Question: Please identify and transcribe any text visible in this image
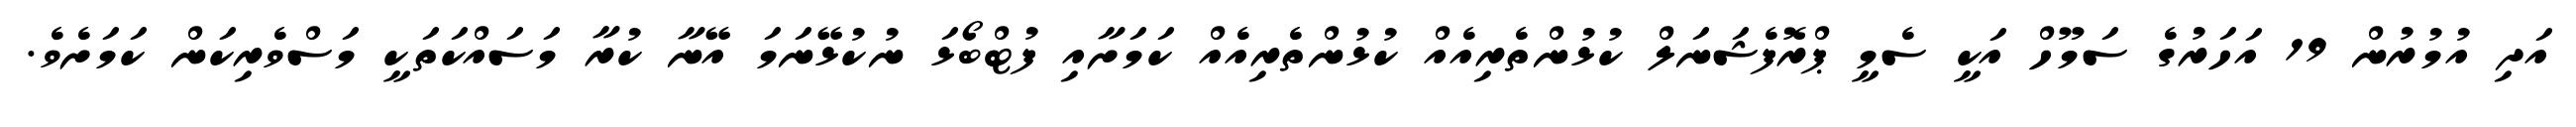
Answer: އަދި އުމުރުން 19 އަހަރުގެ ސަމޫހް އަކީ ސެމީ ޕްރޮފެޝަނަލް ކުޅުންތެރިއެއް ކުޅުންތެރިއެއް ކަމަށާއި ފުޓްބޯޅަ ނުކުޅޭނަމަ އޭނާ ކުރާ މަސައްކަތަކީ މަސްވެރިކަން ކަމަށެވެ.